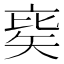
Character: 𥏉